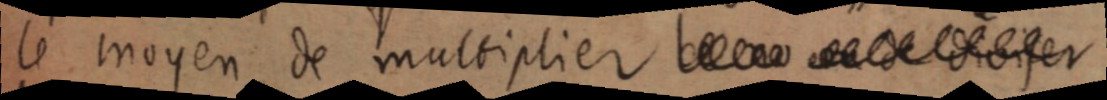
le moyen de multiplier [...]